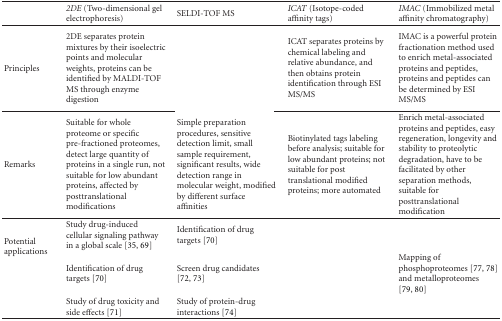
<table><thead><tr><td>[EMPTY_CELL]</td><td><b><i>2DE</i> (Two-dimensional gel electrophoresis)</b></td><td><b>SELDI-TOF MS</b></td><td><b><i>ICAT</i> (Isotope-coded affinity tags)</b></td><td><b><i>IMAC</i> (Immobilized metal affinity chromatography)</b></td></tr></thead><tbody><tr><td>Principles</td><td>2DE separates protein mixtures bytheir isoelectric points and molecular weights, proteins can be identified byMALDI-TOF MS through enzyme digestion</td><td>[EMPTY_CELL]</td><td>ICAT separates proteins bychemical labeling and relative abundance, and then obtains protein identificationthrough ESI MS/MS</td><td>IMAC is a powerful proteinfractionation method used to enrich metal-associated proteins and peptides,proteins and peptides can be determined by ESI MS/MS</td></tr><tr><td>Remarks</td><td>Suitable for whole proteome orspecific pre-fractioned proteomes, detect large quantity of proteins in a single run,not suitable for low abundant proteins, affected by posttranslationalmodifications</td><td>Simple preparation procedures, sensitive detection limit,small sample requirement, significant results,wide detection range in molecular weight, modified by different surfaceaffinities</td><td>Biotinylated tags labeling before analysis;suitable for low abundant proteins; not suitable forpost translational modified proteins;more automated</td><td>Enrich metal-associated proteinsand peptides, easy regeneration, longevity and stability to proteolytic degradation,have to be facilitated by other separation methods, suitable for posttranslationalmodification</td></tr><tr><td rowspan="3">Potential applications</td><td>Study drug-induced cellularsignaling pathway in a global scale [35, 69]</td><td>Identification of drug targets [70] </td><td>[EMPTY_CELL]</td><td>[EMPTY_CELL]</td></tr><tr><td>Identification of drug targets [70] </td><td>Screen drug candidates [72, 73]</td><td>[EMPTY_CELL]</td><td>Mapping of phosphoproteomes [77, 78] and metalloproteomes [79, 80]</td></tr><tr><td>Study of drug toxicity and sideeffects [71]</td><td>Study of protein-druginteractions [74]</td><td>[EMPTY_CELL]</td><td>[EMPTY_CELL]</td></tr></tbody></table>